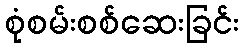
စုံစမ်းစစ်ဆေးခြင်း